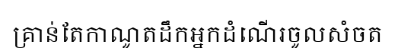
គ្រាន់តែកាណូតដឹកអ្នកដំណើរចូលសំចត